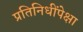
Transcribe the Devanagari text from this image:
प्रतिनिधींपेक्षा